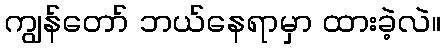
ကျွန်တော် ဘယ်နေရာမှာ ထားခဲ့လဲ။